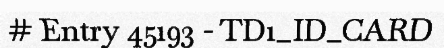
# Entry 45193 - TD1_ID_CARD